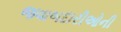
જવાબદારીઓની